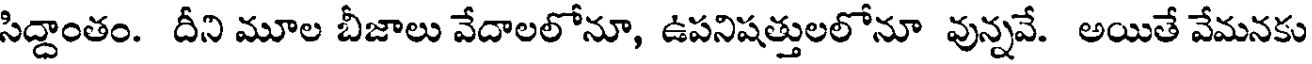
సిద్దాంతం. దీని మూల బీజాలు వేదాలలోనూ, ఉపనిషత్తులలోనూ వున్నవే. అయితే వేమనకు